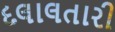
દલાલતારી